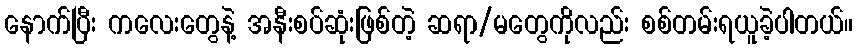
နောက်ပြီး ကလေးတွေနဲ့ အနီးစပ်ဆုံးဖြစ်တဲ့ ဆရာ/မတွေကိုလည်း စစ်တမ်းရယူခဲ့ပါတယ်။